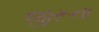
જીરૂના